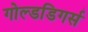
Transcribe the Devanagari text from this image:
गोल्डडिगर्स